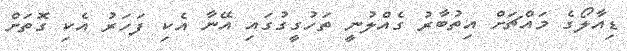
ޑިއާލޯގެ މައްޗަށް އިތުބާރު ގެއްލުނީ ތަހުގީގުގައި އޭނާ އެކި ފަހަރު އެކި ގޮތަށް